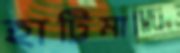
হাট্টিমাটিম